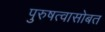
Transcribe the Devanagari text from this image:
पुरुषत्वासोबत